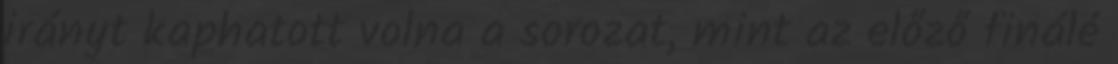
irányt kaphatott volna a sorozat, mint az előző finálé